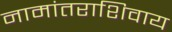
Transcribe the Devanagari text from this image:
नामांतराशिवाय